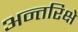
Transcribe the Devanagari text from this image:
अन्तरिक्षे